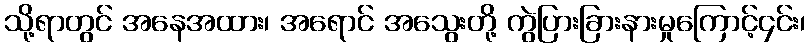
သို့ရာတွင် အနေအထား၊ အရောင် အသွေးတို့ ကွဲပြားခြားနားမှုကြောင့်၄င်း၊